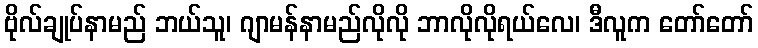
ဗိုလ်ချုပ်နာမည် ဘယ်သူ၊ ဂျာမန်နာမည်လိုလို ဘာလိုလိုရယ်လေ၊ ဒီလူက တော်တော်